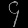
Digit: ၄